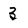
Character: 3